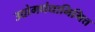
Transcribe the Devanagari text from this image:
उद्योगधंद्यानिमित्त